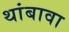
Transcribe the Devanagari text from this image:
थांबावा